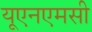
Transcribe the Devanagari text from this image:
यूएनएमसी